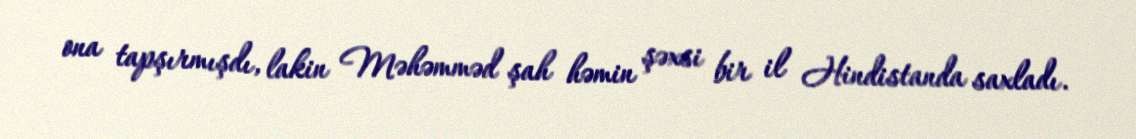
ona tapşırmışdı, lakin Məhəmməd şah həmin şəxsi bir il Hindistanda saxladı.